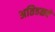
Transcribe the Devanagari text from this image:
अतिहळवे